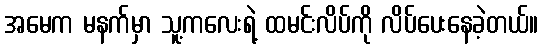
အမေက မနက်မှာ သူ့ကလေးရဲ့ ထမင်းလိပ်ကို လိပ်ပေးနေခဲ့တယ်။